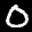
Label: 0